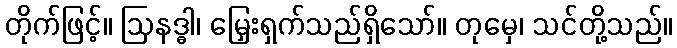
တိုက်ဖြင့်။ ဩနဒ္ဓါ၊ မြှေးရှက်သည်ရှိသော်။ တုမှေ၊ သင်တို့သည်။